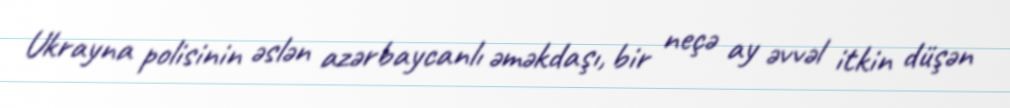
Ukrayna polisinin əslən azərbaycanlı əməkdaşı, bir neçə ay əvvəl itkin düşən